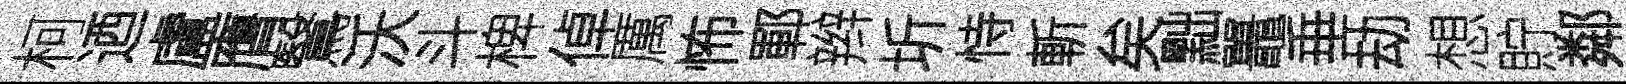
柯迺盧膺鷖沃斗椑倬厲怖鄆辫圻恃斬矣黜鼉垂劫想貯鄰生